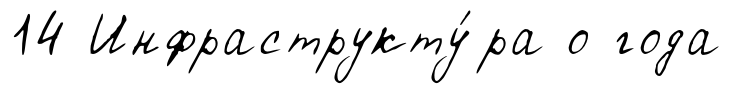
14 Инфраструкту́ра о года